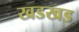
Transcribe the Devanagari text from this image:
खडखड